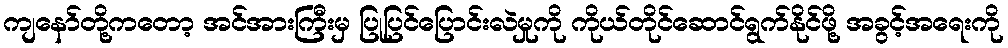
ကျနော်တို့ကတော့ အင်အားကြီးမှ ပြုပြင်ပြောင်းလဲမှုကို ကိုယ်တိုင်ဆောင်ရွက်နိုင်ဖို့ အခွင့်အရေးကို